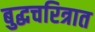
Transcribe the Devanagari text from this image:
बुद्धचरित्रात